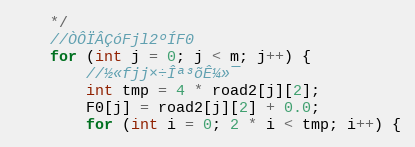
Language: C++
	*/
	//ÒÔÏÂÇóFjl2ºÍF0
	for (int j = 0; j < m; j++) {
		//½«fjj×÷Îª³õÊ¼»¯
		int tmp = 4 * road2[j][2];
		F0[j] = road2[j][2] + 0.0;
		for (int i = 0; 2 * i < tmp; i++) {